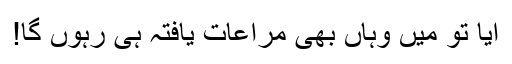
آیا تو میں وہاں بھی مراعات یافتہ ہی رہوں گا!